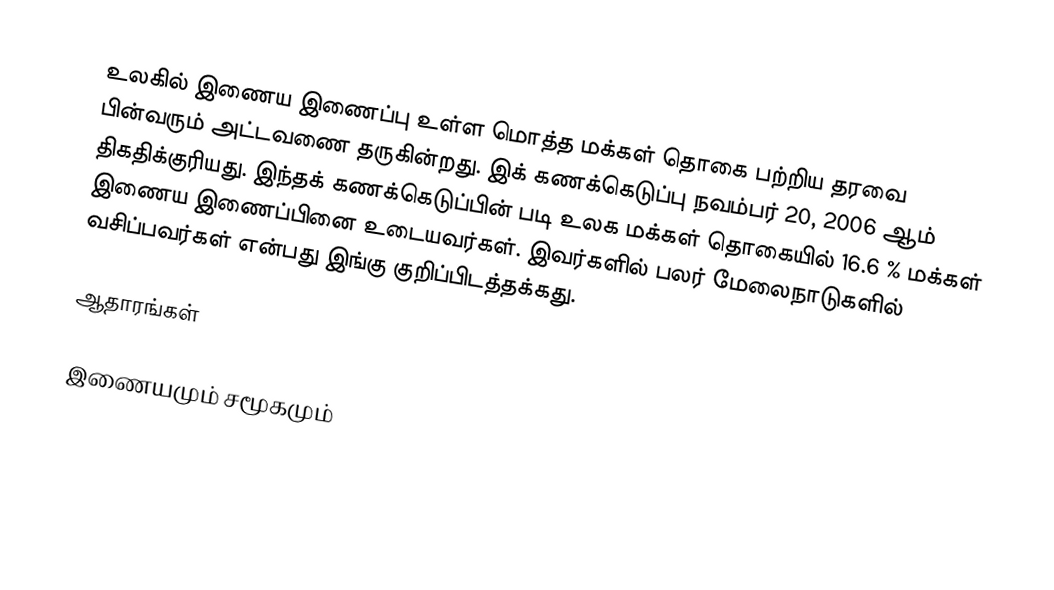
உலகில் இணைய இணைப்பு உள்ள மொத்த மக்கள் தொகை பற்றிய தரவை பின்வரும் அட்டவணை தருகின்றது. இக் கணக்கெடுப்பு நவம்பர் 20, 2006 ஆம் திகதிக்குரியது. இந்தக் கணக்கெடுப்பின்  படி உலக மக்கள் தொகையில் 16.6 % மக்கள் இணைய இணைப்பினை உடையவர்கள். இவர்களில் பலர் மேலைநாடுகளில் வசிப்பவர்கள் என்பது இங்கு குறிப்பிடத்தக்கது.

ஆதாரங்கள்

இணையமும் சமூகமும்